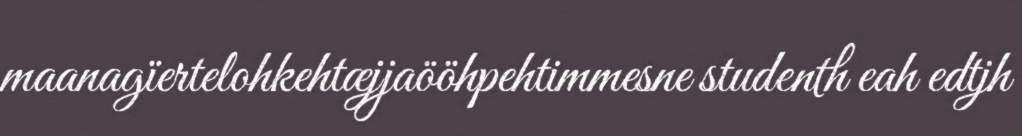
maanagïertelohkehtæjjaööhpehtimmesne studenth eah edtjh